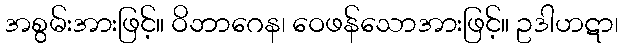
အစွမ်းအားဖြင့်။ ဝိဘာဂေန၊ ဝေဖန်သောအားဖြင့်။ ဥဒါဟဋာ၊